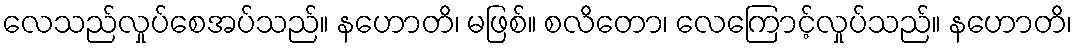
လေသည်လှုပ်စေအပ်သည်။ နဟောတိ၊ မဖြစ်။ စလိတော၊ လေကြောင့်လှုပ်သည်။ နဟောတိ၊